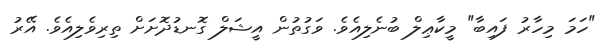
"ހަމަ މިހާރު ފައިބާ" މީކާޢިލް ބުނެލިއެވެ. ވަގުތުން އީޝަލް ގޮނޑުދޮށަށް ތިރިވެލިއެވެ. އޭރު